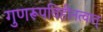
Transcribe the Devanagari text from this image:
गुणरूपविहीनत्वात्